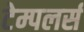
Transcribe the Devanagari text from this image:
टेम्पलर्स